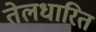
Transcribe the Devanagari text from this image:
तेलधारित